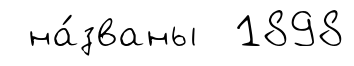
на́званы 1898